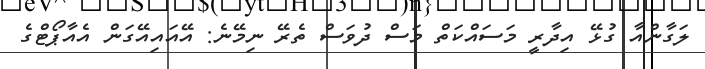
ލަގާންއާ ގުޅޭ އިދާރީ މަސައްކަތް މަސް ދުވަސް ތެރޭ ނިމޭނެ: އޭއައިއޭގަން އެއާޕޯޓްގެ